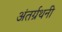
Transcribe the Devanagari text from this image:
अंतर्ग्रथनी